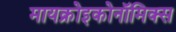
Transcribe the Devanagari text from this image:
मायक्रोइकोनॉमिक्स